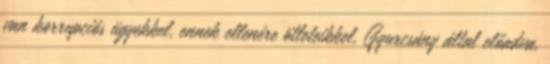
van korrupciós ügyekkel, ennek ellenére ötleteikkel, Gyurcsány által előadva,